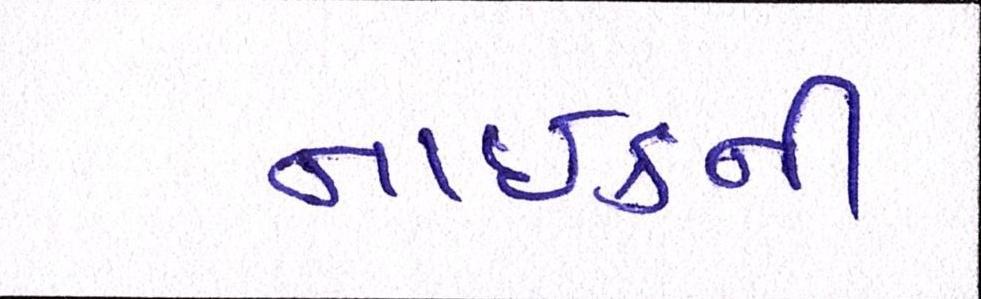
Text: નાઈકની